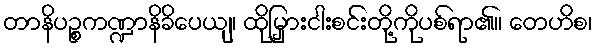
တာနိပဉ္စကဏ္ဍာနိခိပေယျ၊ ထိုမြှားငါးစင်းတို့ကိုပစ်ရာ၏။ တေဟိစ၊